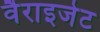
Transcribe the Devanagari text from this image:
वैराइजेट